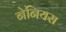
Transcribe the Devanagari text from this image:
नेनियस